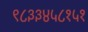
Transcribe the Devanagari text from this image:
९८३३४५८१५१